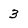
Character: 3